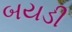
બયડી